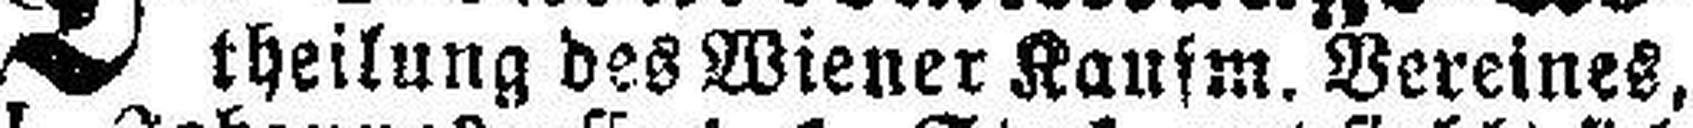
theilung des Wiener Kaufm. Vereines,